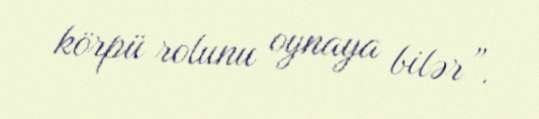
körpü rolunu oynaya bilər”.